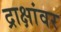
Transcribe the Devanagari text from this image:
द्राक्षांवर